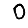
Digit: 0